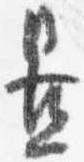
置